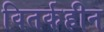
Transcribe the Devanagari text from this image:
वितर्कहीन